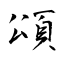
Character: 頌